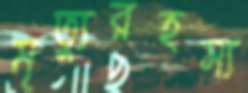
মৃত্যুরহস্য